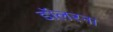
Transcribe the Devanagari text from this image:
डॉलरना